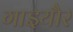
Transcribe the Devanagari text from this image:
गाइयौर